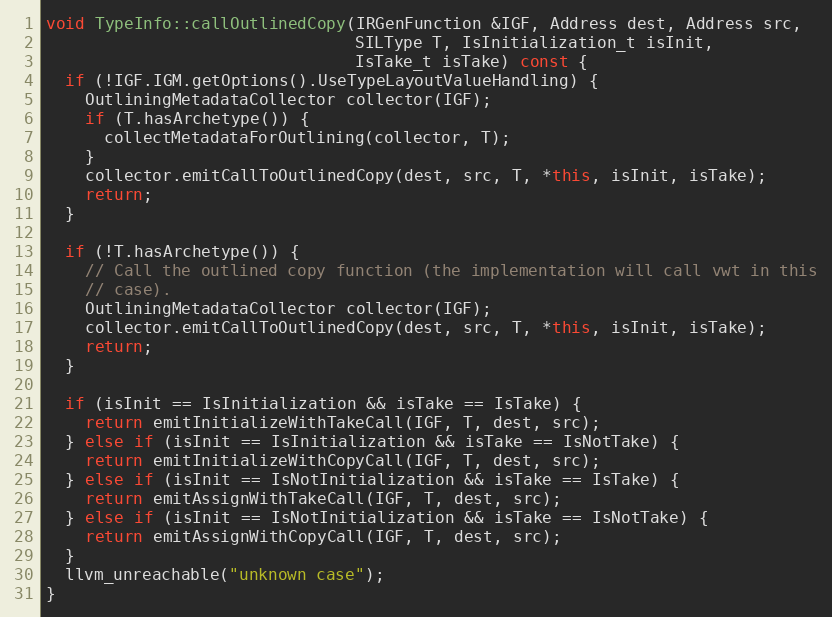
Language: C++
void TypeInfo::callOutlinedCopy(IRGenFunction &IGF, Address dest, Address src,
                                SILType T, IsInitialization_t isInit,
                                IsTake_t isTake) const {
  if (!IGF.IGM.getOptions().UseTypeLayoutValueHandling) {
    OutliningMetadataCollector collector(IGF);
    if (T.hasArchetype()) {
      collectMetadataForOutlining(collector, T);
    }
    collector.emitCallToOutlinedCopy(dest, src, T, *this, isInit, isTake);
    return;
  }

  if (!T.hasArchetype()) {
    // Call the outlined copy function (the implementation will call vwt in this
    // case).
    OutliningMetadataCollector collector(IGF);
    collector.emitCallToOutlinedCopy(dest, src, T, *this, isInit, isTake);
    return;
  }

  if (isInit == IsInitialization && isTake == IsTake) {
    return emitInitializeWithTakeCall(IGF, T, dest, src);
  } else if (isInit == IsInitialization && isTake == IsNotTake) {
    return emitInitializeWithCopyCall(IGF, T, dest, src);
  } else if (isInit == IsNotInitialization && isTake == IsTake) {
    return emitAssignWithTakeCall(IGF, T, dest, src);
  } else if (isInit == IsNotInitialization && isTake == IsNotTake) {
    return emitAssignWithCopyCall(IGF, T, dest, src);
  }
  llvm_unreachable("unknown case");
}